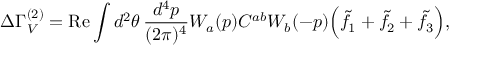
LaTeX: \Delta \Gamma _ { V } ^ { ( 2 ) } = \mathrm { R e } \int d ^ { 2 } \theta \, \frac { d ^ { 4 } p } { ( 2 \pi ) ^ { 4 } } W _ { a } ( p ) C ^ { a b } W _ { b } ( - p ) \Big ( \tilde { f } _ { 1 } + \tilde { f } _ { 2 } + \tilde { f } _ { 3 } \Big ) ,